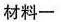
材料一